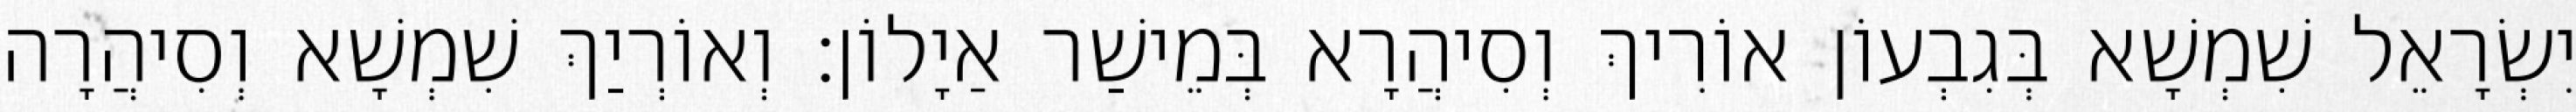
יִשְׂרָאֵל שִׁמְשָׁא בְּגִבְעוֹן אוֹרִיךְ וְסִיהֲרָא בְּמֵישַׁר אַיָלוֹן׃ וְאוֹרְיַךְ שִׁמְשָׁא וְסִיהֲרָה